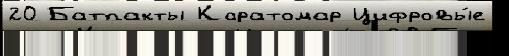
20 Батпакты Каратомар Цифровы́е